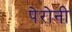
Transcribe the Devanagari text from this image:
पेरोनी